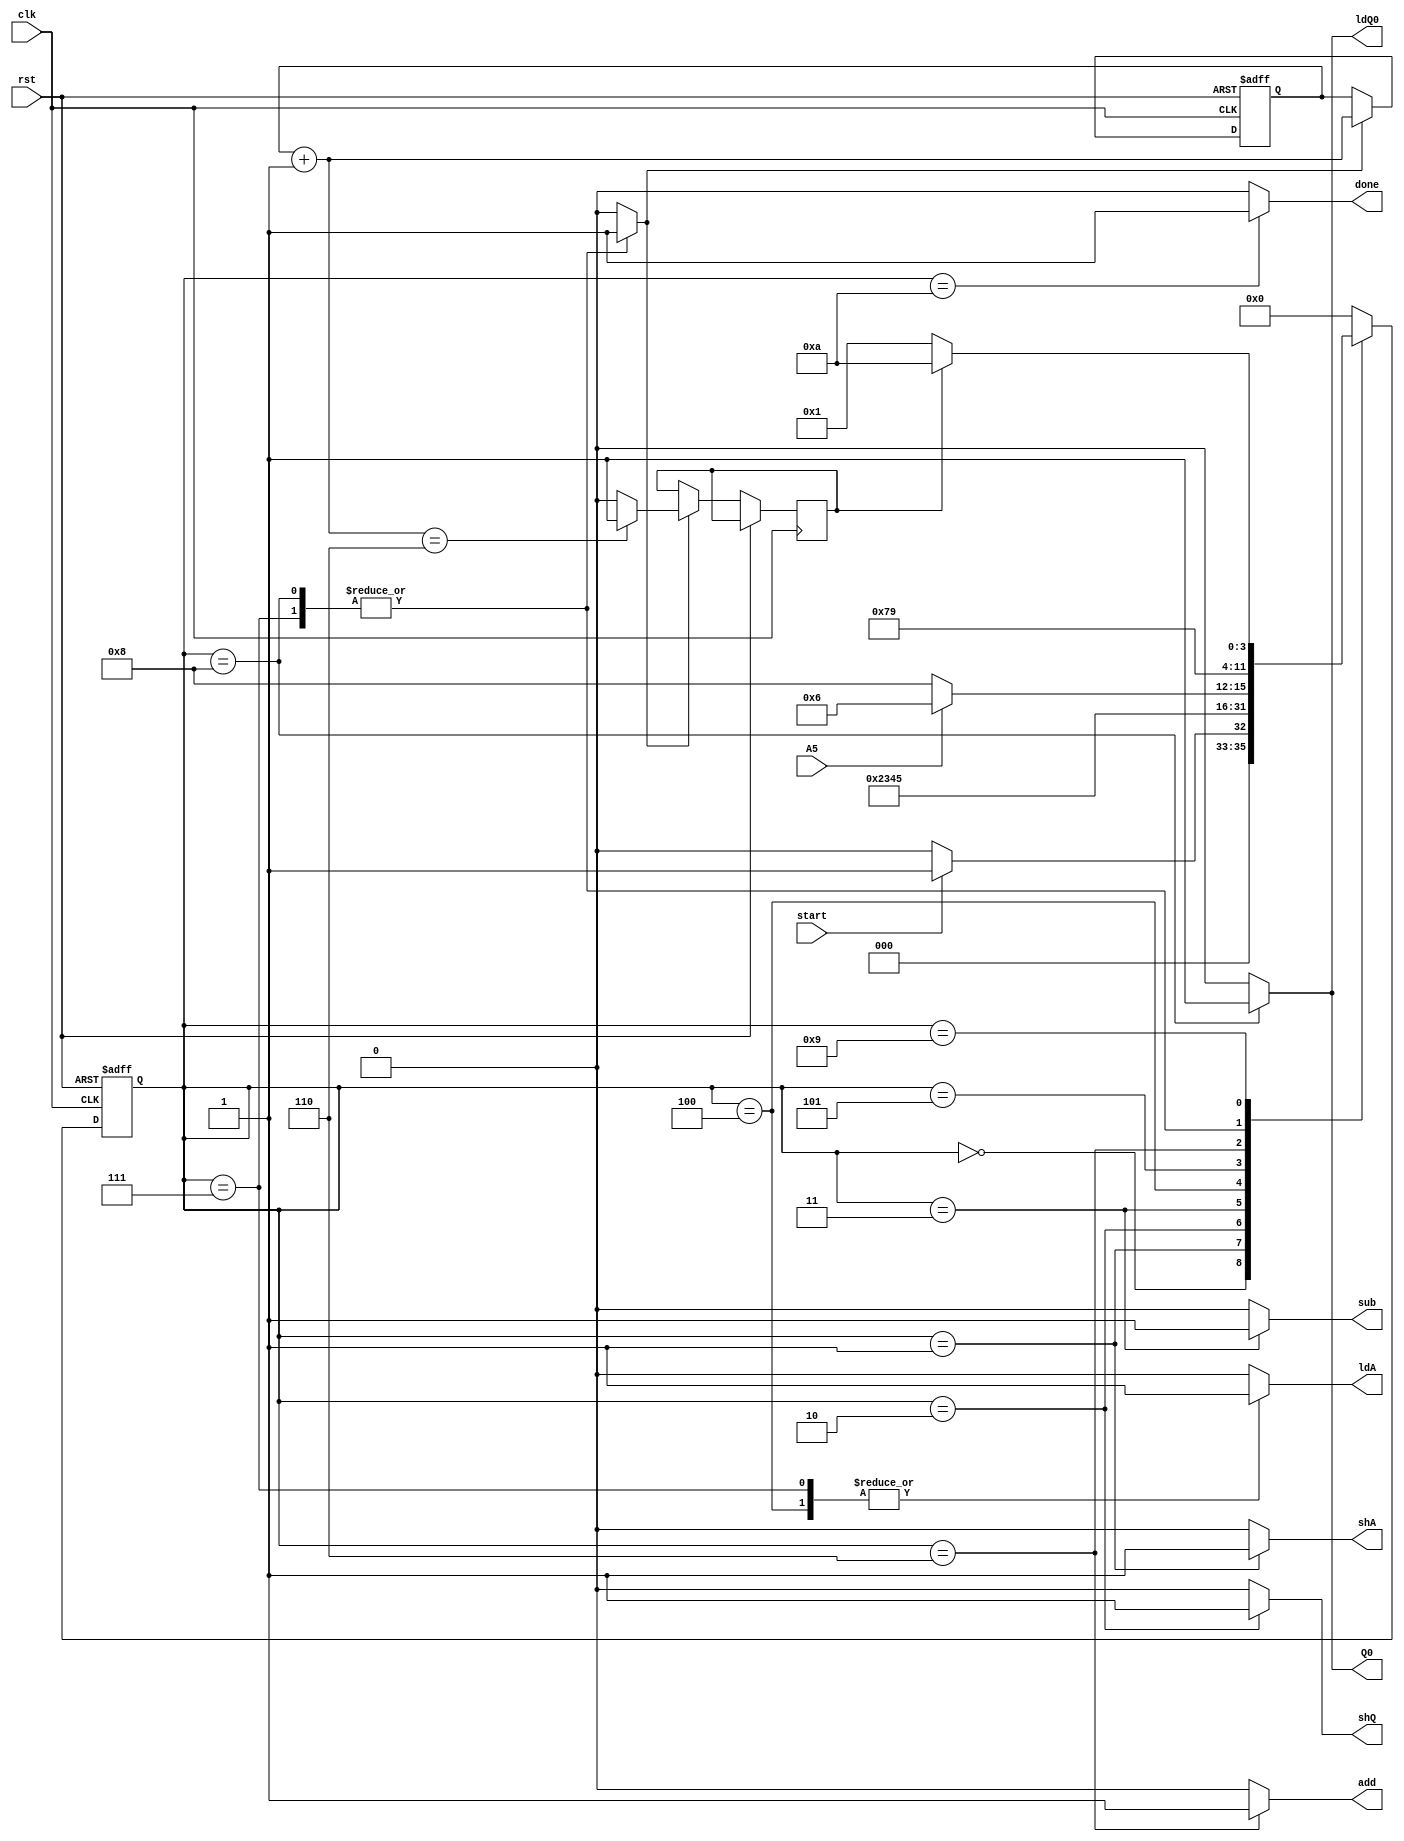
`timescale 1ns/1ns
module Controller(input clk,rst,start,A5,output reg shA,shQ,ldA,add,sub,Q0,ldQ0,done);
reg [3:0]ps,ns;
reg [2:0]cnt;
reg en,Co;
always@(start,A5,ps) begin
shA=1'b0; shQ=1'b0; ldA=1'b0; add=1'b0; sub=1'b0; Q0=1'b0; ldQ0=1'b0; done=1'b0; en=1'b0;
ns=4'b 0000;
case(ps)
  4'b 0000:begin if(~start) ns=4'b 0000; else ns=4'b 0001; end
  4'b 0001:begin shA=1'b 1; ns=4'b 0010; end
  4'b 0010:begin shQ=1'b 1; ns=4'b 0011; end
  4'b 0011:begin sub=1'b 1; ns=4'b 0100; end
  4'b 0100:begin ldA=1'b 1; ns=4'b 0101; end 
  4'b 0101:begin ns=A5 ? 4'b 0110 : 4'b 1000; end 
  4'b 0110:begin add=1'b 1; ns=4'b 0111; end
  4'b 0111:begin ldA=1'b 1; en=1'b 1; ns=4'b 1001; end
  4'b 1000:begin Q0 =1'b 1;ldQ0=1'b 1; en=1'b 1; ns=4'b 1001; end
  4'b 1001:begin en=1'b 0; ns=Co ? 4'b 1010 : 4'b 0001; end
  4'b 1010:begin done=1'b 1; ns=4'b 0000; end
  default ns=4'b 0000;
endcase
end
always@(posedge clk,posedge rst) begin
if(rst) ps<= 4'b 0000;
else ps<=ns;
end

always@(posedge clk,posedge rst) begin
  if(rst) cnt=3'b 000;
  else if(en)begin
    cnt=cnt + 1'b1;
    Co=1'b0;
    if(cnt==3'b110) Co=1'b1;
  end
end
endmodule